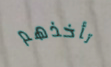
تأخذهم